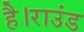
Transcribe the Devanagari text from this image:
है।राउंड